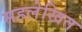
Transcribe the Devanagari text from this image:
सहलेखित